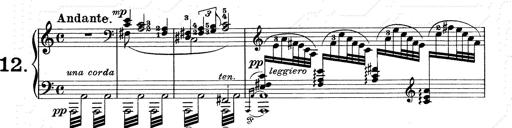
Title: Walhall aus Der Ring des Nibelungen
Composer: Franz Liszt